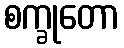
စက္ခုတော